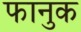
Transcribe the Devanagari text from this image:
फानुक